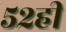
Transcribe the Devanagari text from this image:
५२ही